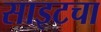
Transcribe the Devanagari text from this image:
साइटचा